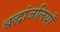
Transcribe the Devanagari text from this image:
श्रद्धांजलियाँ